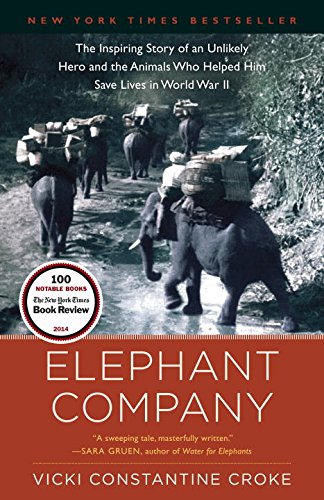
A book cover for Elephant Company: The Inspiring Story of an Unlikely Hero and the Animals Who Helped Him Save Lives in World War II; Vicki Croke; Science & Math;